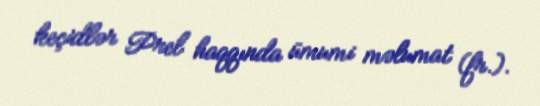
keçidlər Prel haqqında ümumi məlumat (fr.).